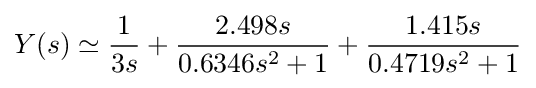
Y(s)\simeq {1 \over 3s}+{\frac {2.498s}{0.6346s^{2}+1}}+{\frac {1.415s}{0.4719s^{2}+1}}